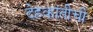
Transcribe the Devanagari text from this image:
देहकांतीची